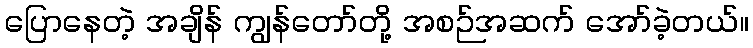
ပြောနေတဲ့ အချိန် ကျွန်တော်တို့ အစဉ်အဆက် အော်ခဲ့တယ်။